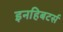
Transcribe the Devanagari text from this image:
इनहिबटर्स